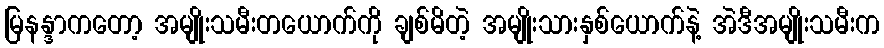
မြနန္ဒာကတော့ အမျိုးသမီးတယောက်ကို ချစ်မိတဲ့ အမျိုးသားနှစ်ယောက်နဲ့ အဲဒီအမျိုးသမီးက